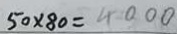
5 0 \times 8 0 = 4 0 0 0